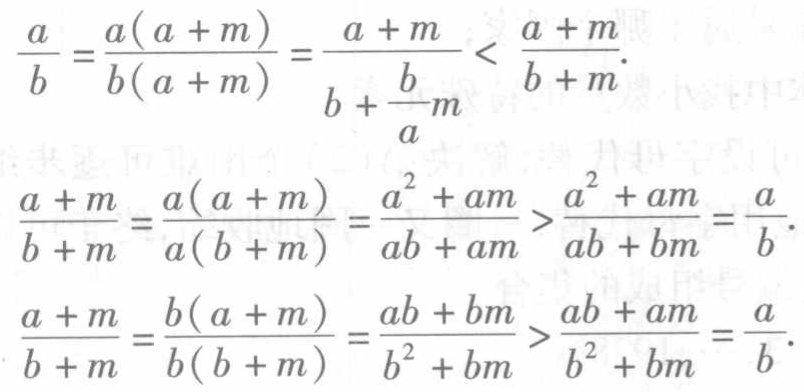
\[\frac{a}{b}=\frac{a(a + m)}{b(a + m)}=\frac{a + m}{b+\frac{b}{a}m}<\frac{a + m}{b + m}.\]
\[\frac{a + m}{b + m}=\frac{a(a + m)}{a(b + m)}=\frac{a^{2}+am}{ab + am}>\frac{a^{2}+am}{ab + bm}=\frac{a}{b}.\]
\[\frac{a + m}{b + m}=\frac{b(a + m)}{b(b + m)}=\frac{ab + bm}{b^{2}+bm}>\frac{ab + am}{b^{2}+bm}=\frac{a}{b}.\]